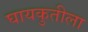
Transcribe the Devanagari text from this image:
घायकुतीला